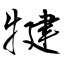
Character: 犍